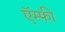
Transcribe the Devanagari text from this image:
ऍम्‍फी